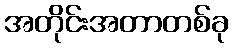
အတိုင်းအတာတစ်ခု